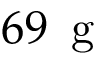
6 9 \, \mathrm { \textrm { g } }